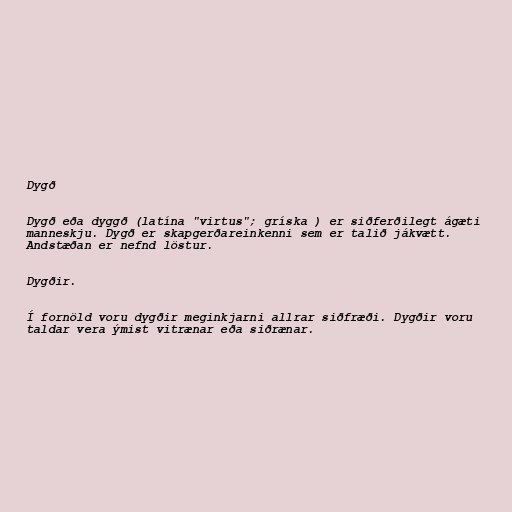
Dygð

Dygð eða dyggð (latína "virtus"; gríska ) er siðferðilegt ágæti
manneskju. Dygð er skapgerðareinkenni sem er talið jákvætt.
Andstæðan er nefnd löstur.

Dygðir.

Í fornöld voru dygðir meginkjarni allrar siðfræði. Dygðir voru
taldar vera ýmist vitrænar eða siðrænar.